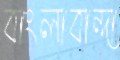
বাংলাবান্দা